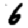
Digit: 6